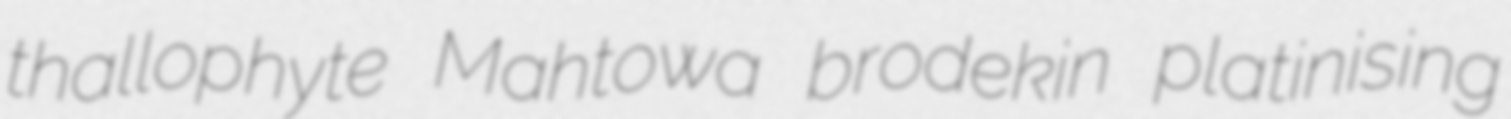
thallophyte Mahtowa brodekin platinising